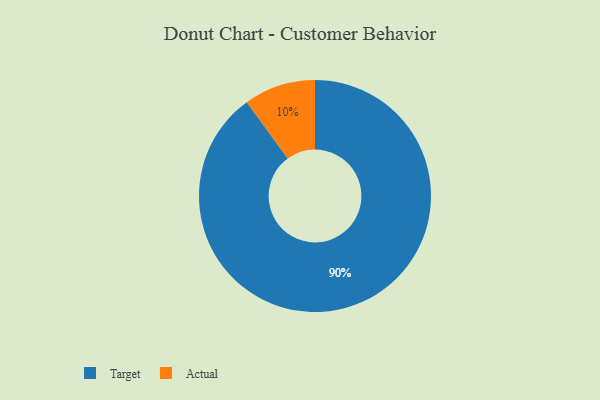
{"axis": {"x": "Category", "y": "Percentage"}, "legend": ["Actual", "Target"], "data": [{"x": "Actual", "y": 10, "type": "Actual"}, {"x": "Target", "y": 90, "type": "Target"}]}